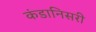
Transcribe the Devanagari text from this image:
कंडानिसरी